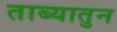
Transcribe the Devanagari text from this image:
ताब्यातुन